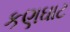
કણઘાટ